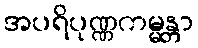
အပရိပုဏ္ဏကမ္မန္တာ